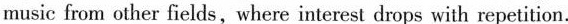
music from other fields,where interest drops with repetition.